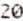
20